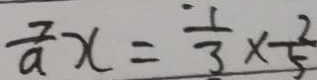
\frac { 7 } { a } x = \frac { 1 } { 3 } \times \frac { 2 } { 5 }